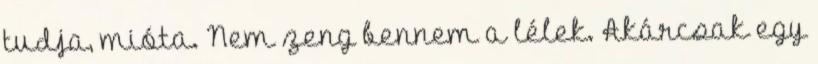
tudja, mióta. Nem zeng bennem a lélek. Akárcsak egy